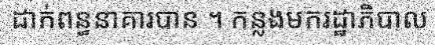
ដាក់ពន្ធនាគារបាន ។ កន្លងមករដ្ឋាភិបាល